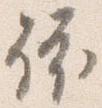
依